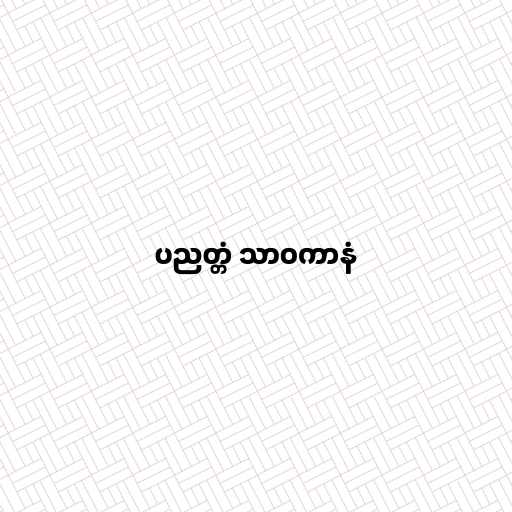
ပညတ္တံ သာဝကာနံ